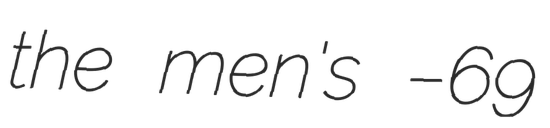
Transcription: the men's –69